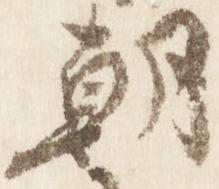
朝